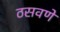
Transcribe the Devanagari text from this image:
ठसवणे